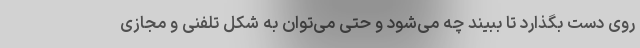
روی دست بگذارد تا ببیند چه می‌شود و حتی می‌توان به شکل تلفنی و مجازی